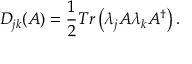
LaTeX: D _ { j k } ( A ) = \frac { 1 } { 2 } T r \left( \lambda _ { j } A \lambda _ { k } A ^ { \dagger } \right) .